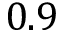
0 . 9